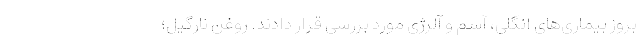
بروز بیماری‌های انگلی، آسم و آلرژی مورد بررسی قرار دادند. روغن نارگیل؛